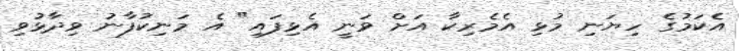
އެކަމުގެ ހިޔަނި މުޅި އެމެރިކާ އަށް ވަނީ އެޅިފައި" އެ މަނިކުފާނު ވިދާޅުވި